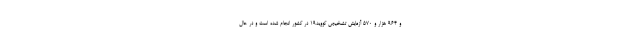
و ۹۶۴ هزار و ۵۷۰ آزمایش تشخیص کووید۱۹ در کشور انجام شده است و در حال